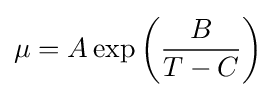
\mu =A\exp \left({\frac {B}{T-C}}\right)